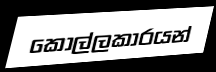
කොල්ලකාරයන්